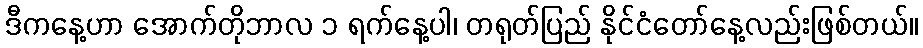
ဒီကနေ့ဟာ အောက်တိုဘာလ ၁ ရက်နေ့ပါ၊ တရုတ်ပြည် နိုင်ငံတော်နေ့လည်းဖြစ်တယ်။